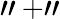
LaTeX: "+"